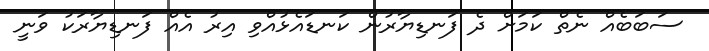
ސަބަބެއް ނެތް ކަމަށް ދެ ފަނޑިޔާރުން ކަނޑައެޅުއްވި އިރު އެއް ފަނޑިޔާރަކު ވަނީ